画像に写った文字を読んでください
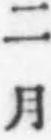
「二月」と書いてあります